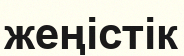
жеңістік